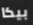
بيكا